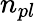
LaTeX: n_{pl}